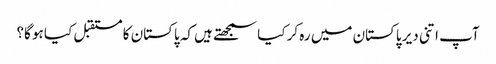
آپ اتنی دیر پاکستان میں رہ کر کیا سمجھتے ہیں کہ پاکستان کا مستقبل کیا ہو گا؟